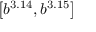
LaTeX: \left[ b ^ { 3 . 1 4 } , b ^ { 3 . 1 5 } \right]